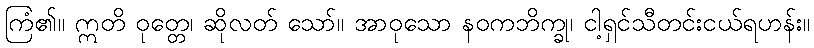
ကြံ၏။ ဣတိ ဝုတ္တေ၊ ဆိုလတ် သော်။ အာဝုသော နဝကဘိက္ခု၊ ငါ့ရှင်သီတင်းငယ်ရဟန်း။